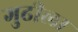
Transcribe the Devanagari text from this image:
गुढीला